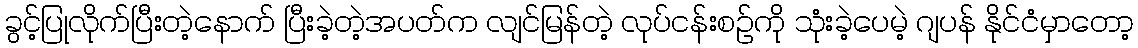
ခွင့်ပြုလိုက်ပြီးတဲ့နောက် ပြီးခဲ့တဲ့အပတ်က လျင်မြန်တဲ့ လုပ်ငန်းစဉ်ကို သုံးခဲ့ပေမဲ့ ဂျပန် နိုင်ငံမှာတော့